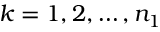
k = 1 , 2 , \ldots , n _ { 1 }